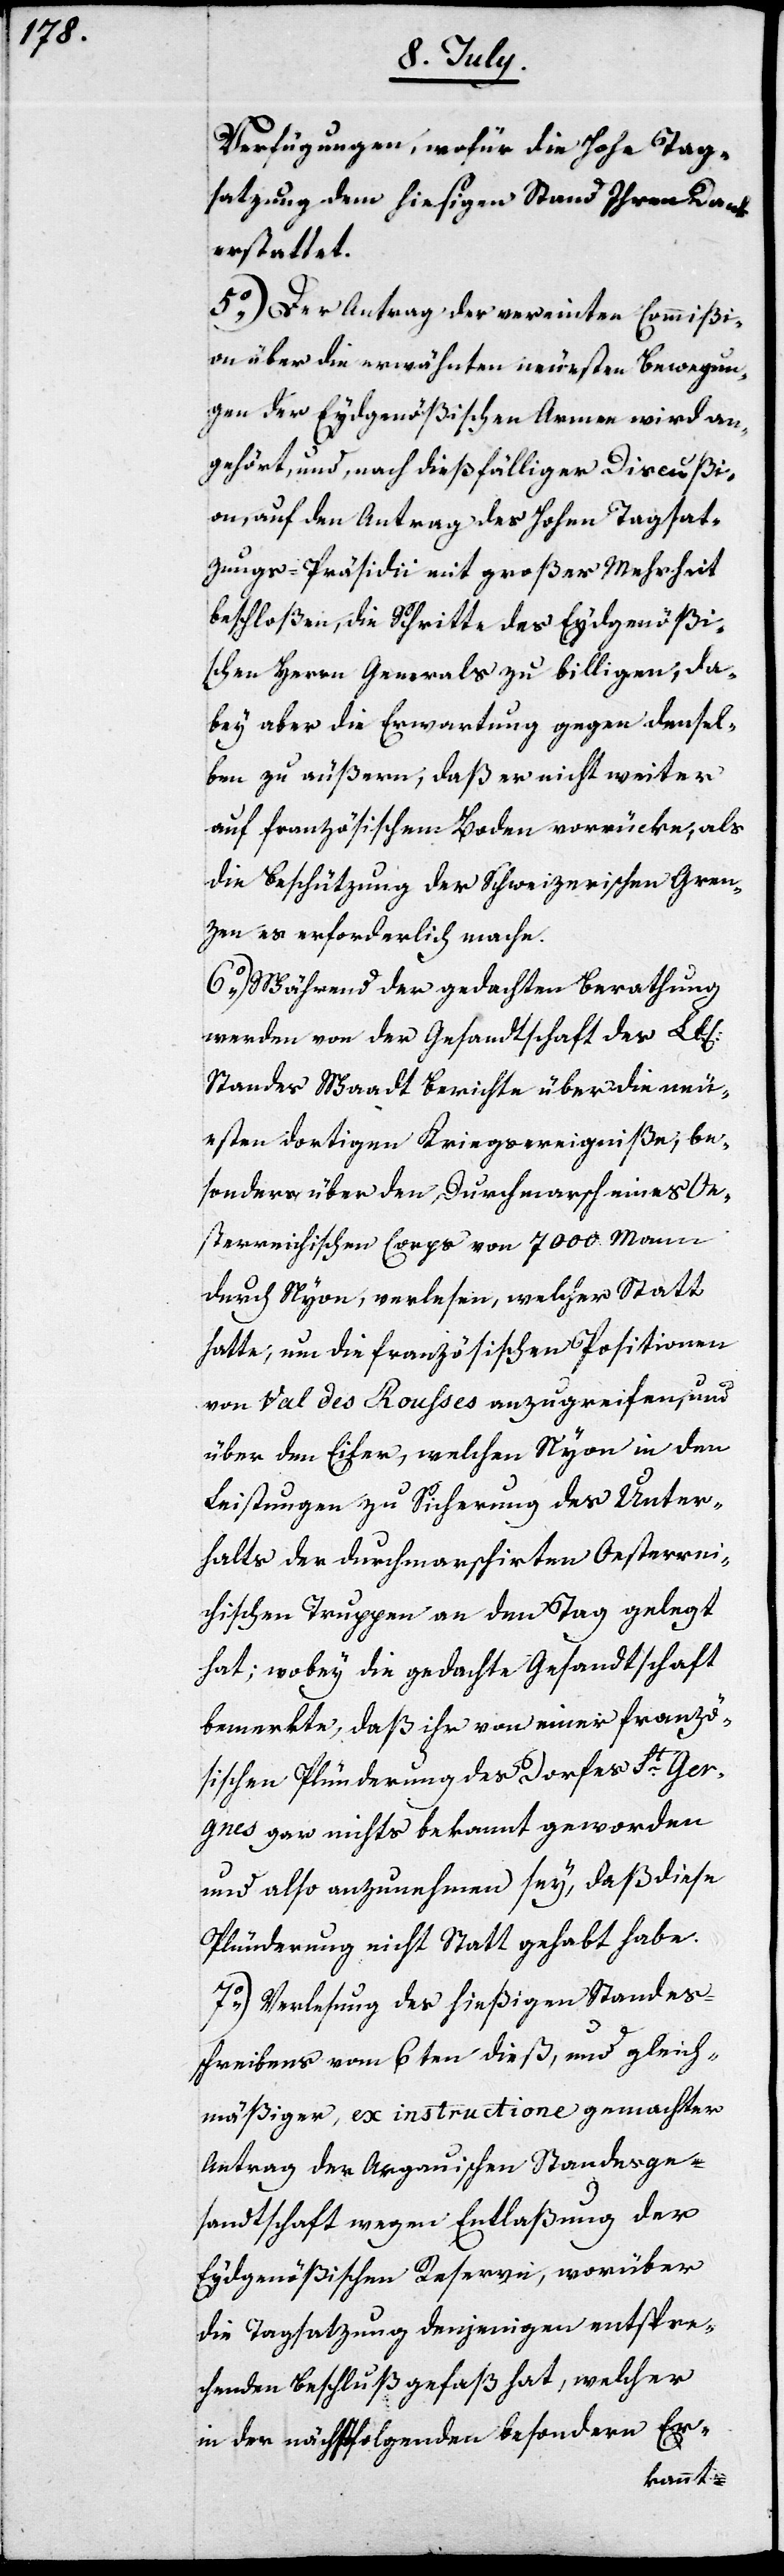
Verfügungen, wofür die Hohe Tag¬
satzung dem hießigen Stand Ihren Dank
erstattet.
5.) Der Antrag der vereinten Commißi¬
on über die erwähnten neuesten Besorgun¬
gen der Eydgenößischen Armee wird an¬
gehört, und, nach dießfälliger Discußi¬
on, auf den Antrag des Hohen Tagsat¬
zungs-Präsidii mit großer Mehrheit
beschloßen, die Schritte des Eydsgenößi¬
schen Herrn Generals zu billigen, da¬
bey aber die Erwartung gegen densel¬
ben zu äußern, daß er nicht weiter
auf französischem Boden vorrücke, als
die Beschützung der Schweizerischen Gren¬
zen es erforderlich mache.
6.) Während der gedachten Berathung
werden von der Gesandtschaft des Lbl.
Standes Waadt Berichte über die neu¬
esten dortigen Kriegsereigniße, be¬
sonders über den Durchmarsch eines Oe¬
sterreichischen Corps von 7000. Mann
durch Nyon, verlesen, welcher Statt
hatte, um die französischen Positionen
von Val des Rousses anzugreifen, und
über den Eifer, welchen Nyon in den
Leistungen zu Sicherung des Unter¬
haltes der durchmarschirten Oesterrei¬
chischen Truppen an den Tag gelegt
hat; wobey die gedachte Gesandtschaft
bemerkte, daß ihr von einer franzö¬
sischen Plünderung des Dorfes St. Ger¬
gnes gar nichts bekannt geworden
und also anzunehmen sey, daß diese
Plünderung nicht Statt gehabt habe.
7.) Verlesung des hießigen Standes¬
schreibens vom 6ten dieß, und gleich¬
mäßiger, ex instructione gemachter
Antrag der Argauischen Standesge¬
sandtschaft wegen Entlaßung der
Eydgenößischen Reserve, worüber
die Tagsatzung denjenigen entspre¬
chenden Beschluß gefaßt hat, welcher
in der nächstfolgenden besondern Er-